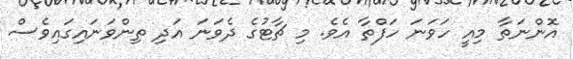
އޮންނަތާ މިއީ ހަވަނަ ހަފްތާ އެވެ. މި ޗާޓުގެ ދެވަނަ އަދި ތިންވަނައިގައިވެސް